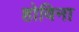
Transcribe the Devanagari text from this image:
होविना